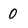
Character: 0